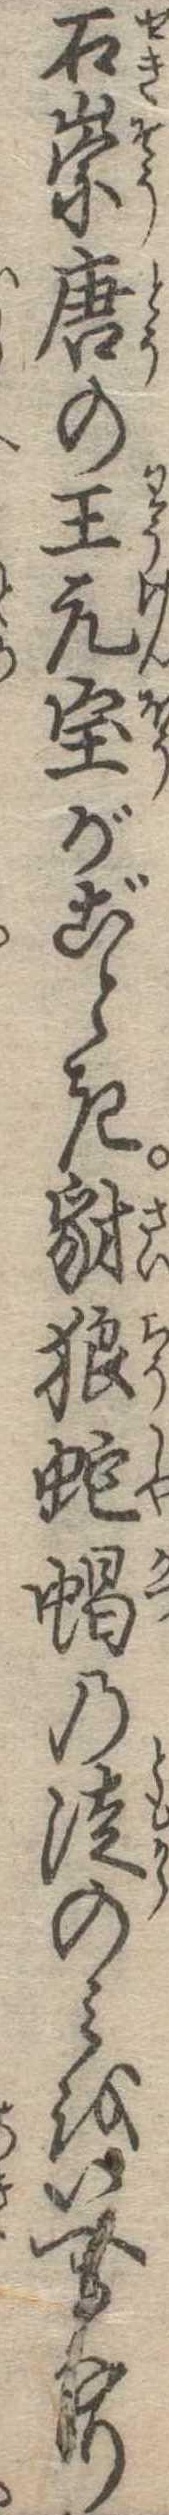
石崇唐の王元宝がごとき豺狼蛇蝎の徒のみをいへるなり